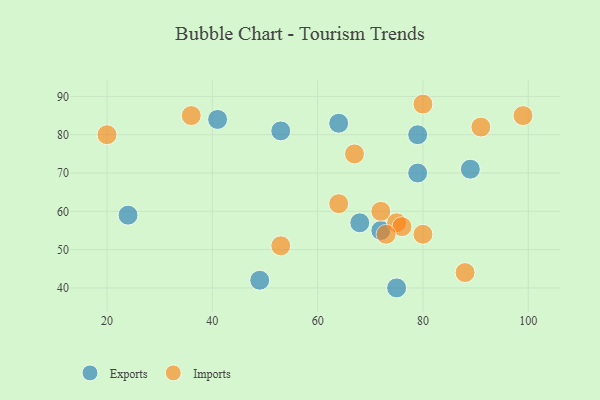
{"axis": {"x": "GDP", "y": "Life Expectancy"}, "legend": ["Exports", "Imports"], "data": [{"x": "24", "y": 59, "type": "Exports"}, {"x": "64", "y": 83, "type": "Exports"}, {"x": "72", "y": 55, "type": "Exports"}, {"x": "68", "y": 57, "type": "Exports"}, {"x": "75", "y": 40, "type": "Exports"}, {"x": "41", "y": 84, "type": "Exports"}, {"x": "49", "y": 42, "type": "Exports"}, {"x": "79", "y": 80, "type": "Exports"}, {"x": "79", "y": 70, "type": "Exports"}, {"x": "89", "y": 71, "type": "Exports"}, {"x": "53", "y": 81, "type": "Exports"}, {"x": "20", "y": 80, "type": "Imports"}, {"x": "88", "y": 44, "type": "Imports"}, {"x": "75", "y": 57, "type": "Imports"}, {"x": "99", "y": 85, "type": "Imports"}, {"x": "91", "y": 82, "type": "Imports"}, {"x": "67", "y": 75, "type": "Imports"}, {"x": "76", "y": 56, "type": "Imports"}, {"x": "73", "y": 54, "type": "Imports"}, {"x": "80", "y": 88, "type": "Imports"}, {"x": "80", "y": 54, "type": "Imports"}, {"x": "53", "y": 51, "type": "Imports"}, {"x": "72", "y": 60, "type": "Imports"}, {"x": "64", "y": 62, "type": "Imports"}, {"x": "36", "y": 85, "type": "Imports"}]}